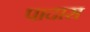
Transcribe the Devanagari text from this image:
पादास